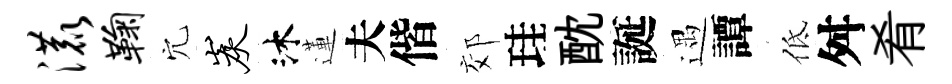
漉鞠穴炭沐蓮夫偕郊珪酖誕遇譚低舛肴